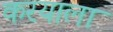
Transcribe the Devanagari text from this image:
करयाला